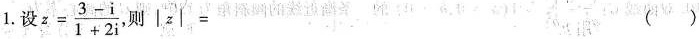
1. 设$$z= \frac{3-i}{1+2}$$，则|z|= ( )